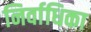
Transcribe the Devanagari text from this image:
निर्वाधिका